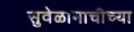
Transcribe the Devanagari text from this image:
सुवेळामाचीच्या